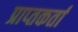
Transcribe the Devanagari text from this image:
प्राप्‍तकर्ता